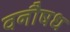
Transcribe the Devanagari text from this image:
वनौषध